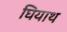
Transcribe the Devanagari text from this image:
घियाथ